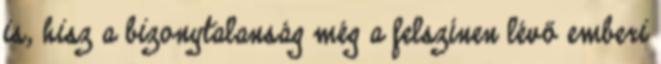
is, hisz a bizonytalanság még a felszínen lévő emberi